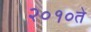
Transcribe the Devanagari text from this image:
२०१०ते